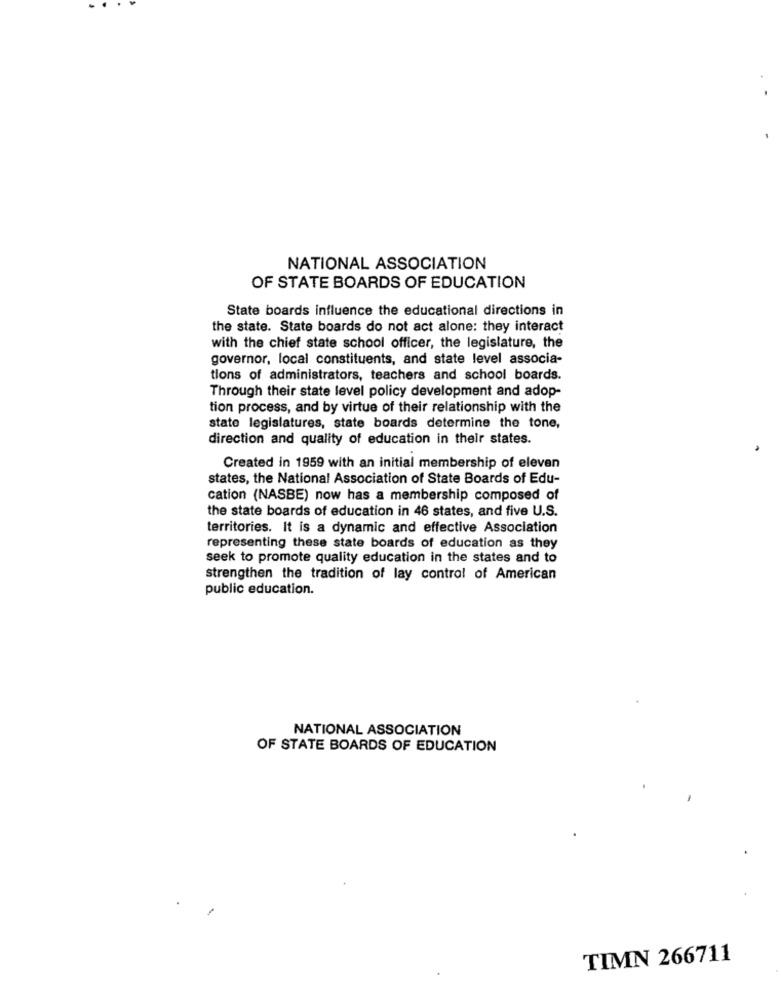
NATIONAL ASSOCIATION
OF STATE BOARDS OF EDUCATION
State boards influence the educational directions in
the state. State boards do not act alone: they interact
with the chief state school officer, the legislature, the
governor, local constituents, and state level associa-
tions of administrators, teachers and school boards.
Through their state level policy development and adop-
tion process, and by virtue of their relationship with the
state legislatures, state boards determine the tone,
direction and quality of education in their states.
Created in 1959 with an initial membership of eleven
states, the National Association of State Boards of Edu-
cation (NASBE) now has a membership composed of
the state boards of education in 46 states, and five U.S.
territories. It is a dynamic and effective Association
representing these state boards of education as they
seek to promote quality education in the states and to
strengthen the tradition of lay control of American
public education.
NATIONAL ASSOCIATION
OF STATE BOARDS OF EDUCATION
TIMN 266711